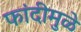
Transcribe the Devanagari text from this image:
फांदीमुळे